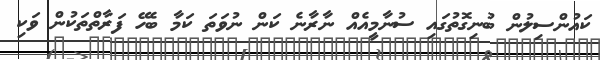
ކައުންސިލުން ބުނިގޮތުގައި ސުނާމީއެއް ނާރާނެ ކަން ނުވަތަ ކަމާ ބެހޭ ފަރާތްތަކުން ވަކި